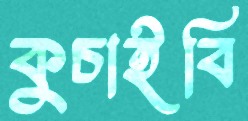
কুচাইবি